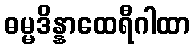
ဓမ္မဒိန္နာထေရီဂါထာ